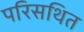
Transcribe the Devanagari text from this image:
परिसथित